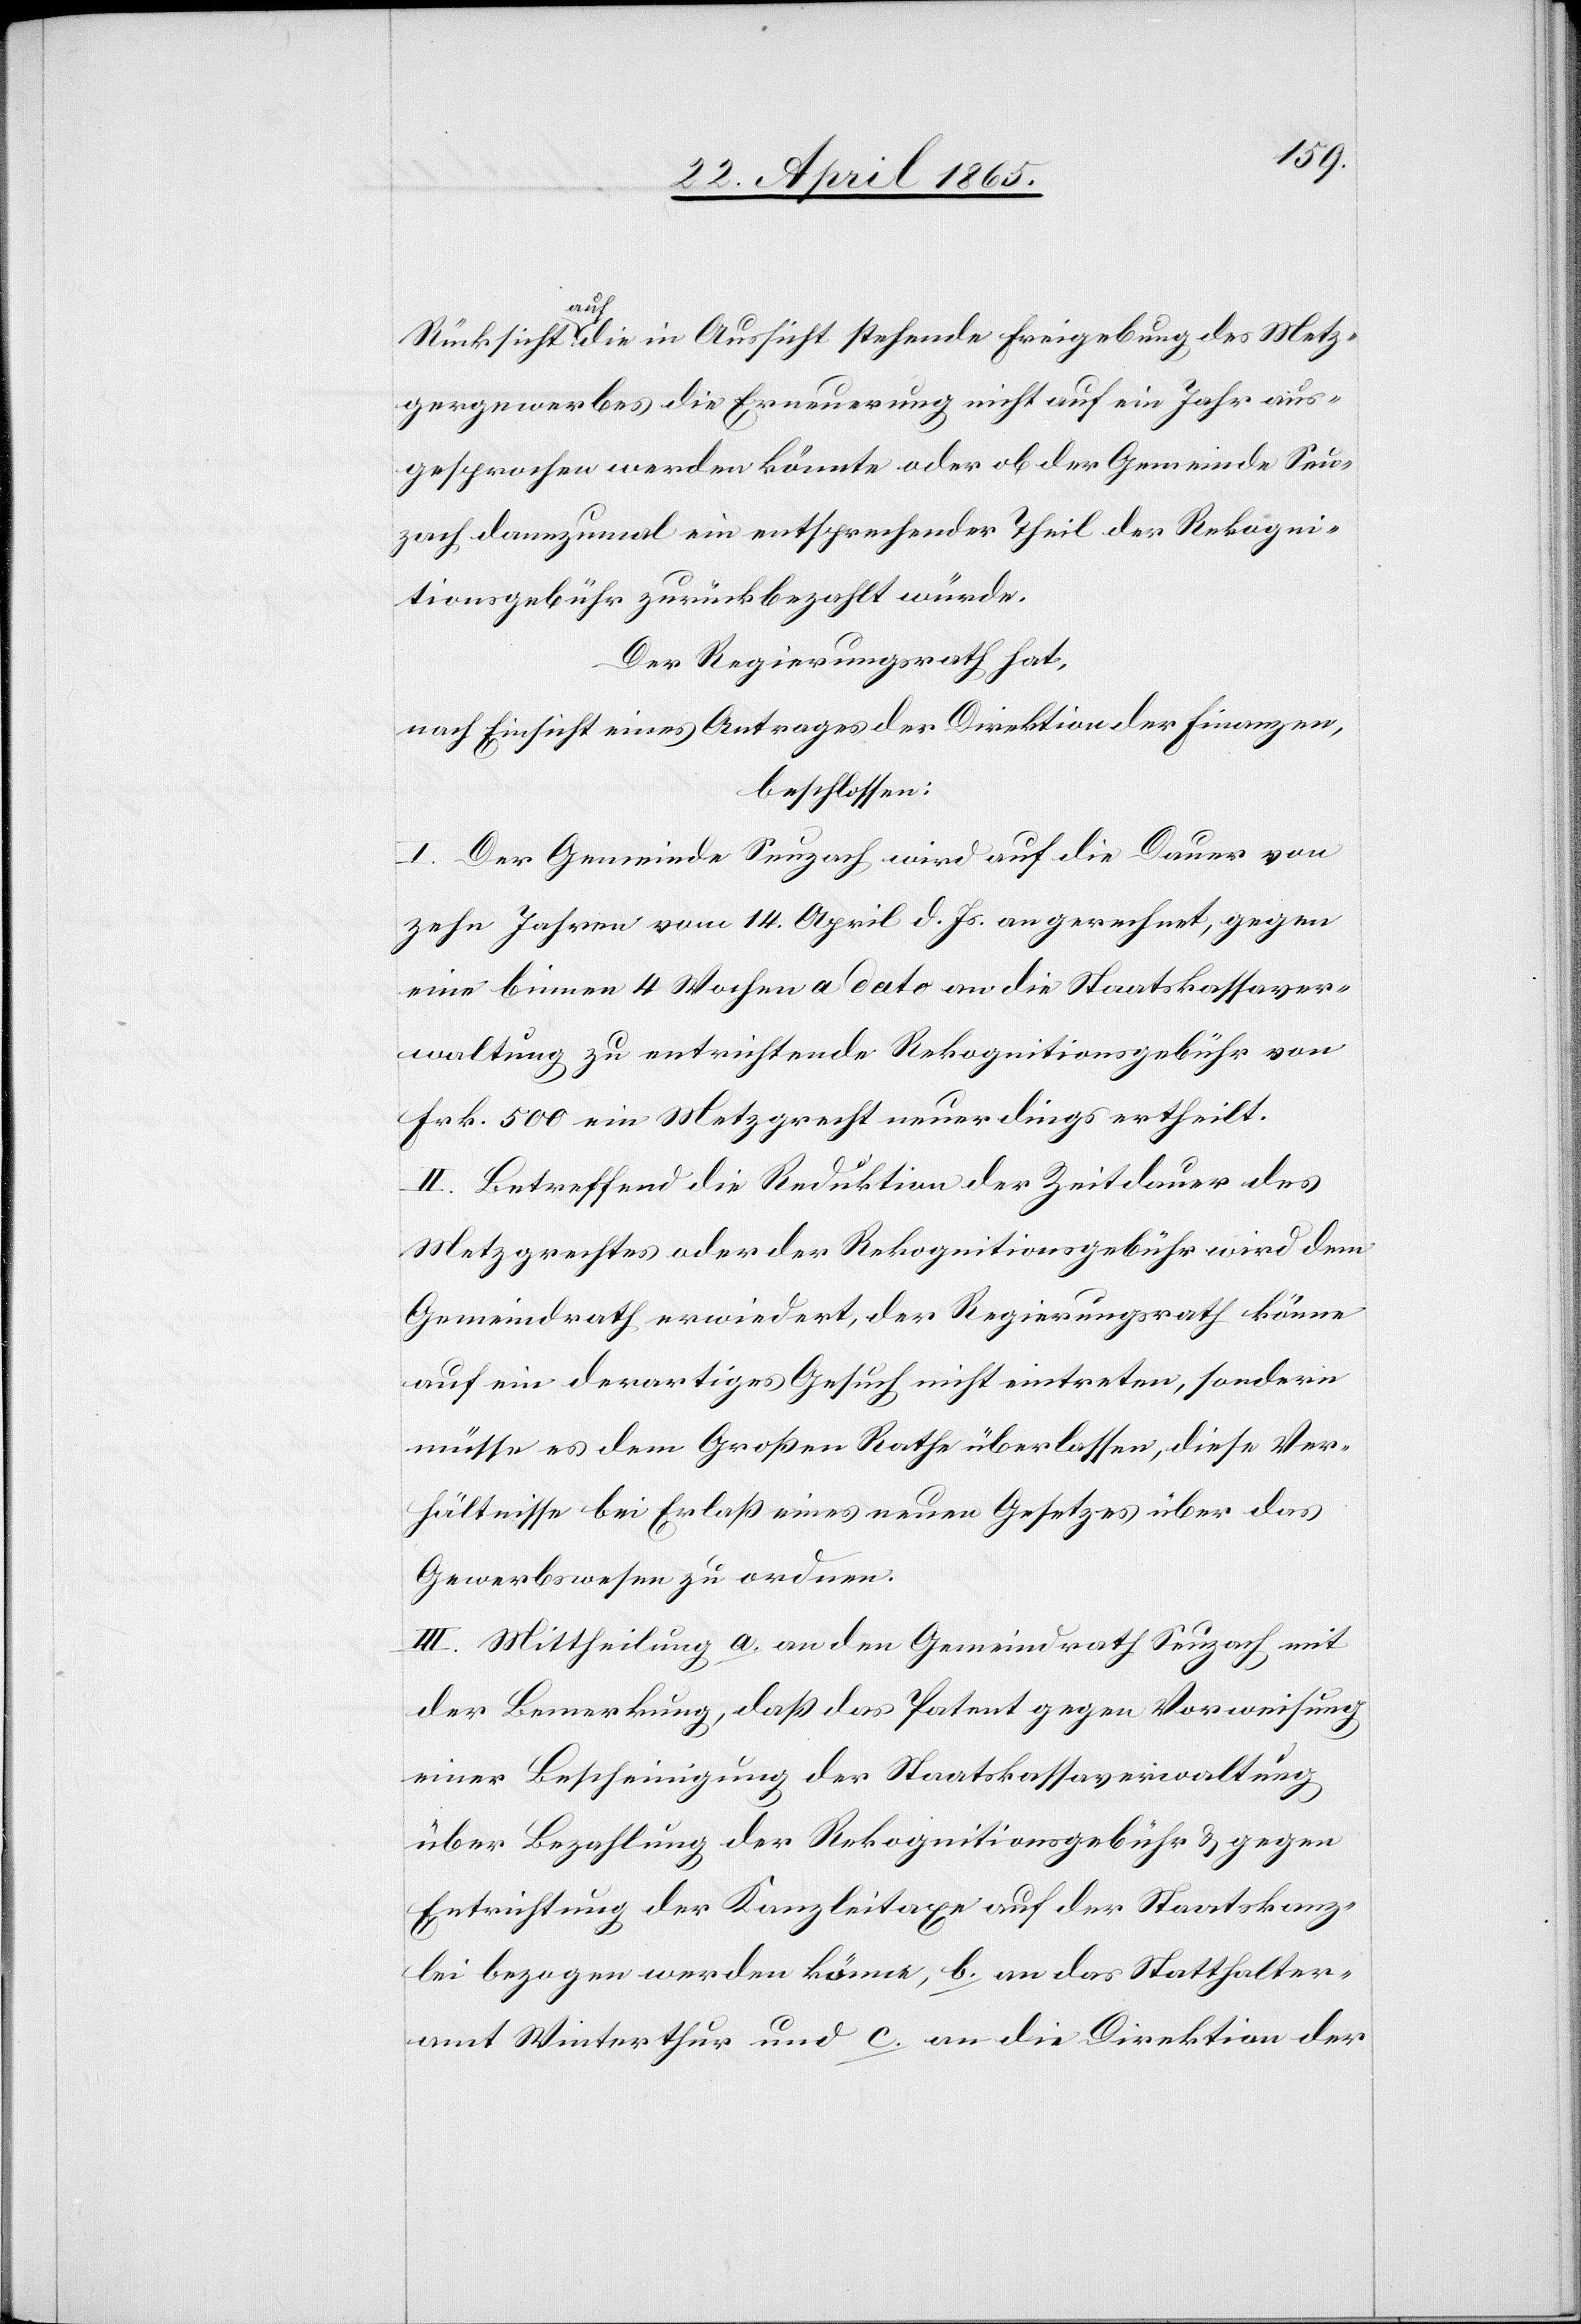
Rücksicht auf die in Aussicht stehende Freigebung des Metz¬
gergewerbes die Erneuerung nicht auf ein Jahr aus¬
gesprochen werden könnte oder ob der Gemeinde Seu¬
zach dannzumal ein entsprechender Theil der Rekogni¬
tionsgebühr zurückbezahlt würde.
Der Regierungsrath hat,
nach Einsicht eines Antrages der Direktion der Finanzen,
beschlossen:
I. Die Gemeinde Seuzach wird auf die Dauer von
zehn Jahren vom 14. April d. Js. an gerechnet, gegen
eine binnen 4 Wochen a dato an die Staatskassaver¬
waltung zu entrichtende Rekognitionsgebühr von
Frk. 500 ein Metzgrecht neuerdings ertheilt.
II. Betreffend die Reduktion der Zeitdauer des
Metzgrechtes oder der Rekognitionsgebühr wird dem
Gemeindrath erwiedert, der Regierungsrath könne
auf ein derartiges Gesuch nicht eintreten, sondern
müsse es dem Großen Rathe überlassen, diese Ver¬
hältnisse bei Erlaß eines neuen Gesetzes über das
Gewerbswesen zu ordnen.
III. Mittheilung a. an den Gemeindrath Seuzach mit
der Bemerkung, daß das Patent gegen Vorweisung
einer Bescheinigung der Staatskassaverwaltung
über Bezahlung der Rekognitionsgebühr & gegen
Entrichtung der Kanzleitaxe auf der Staatskanz¬
lei bezogen werden könne, b. an das Statthalter¬
amt Winterthur und c. an die Direktion der